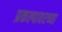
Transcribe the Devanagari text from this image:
प्रकल्पावरच्या